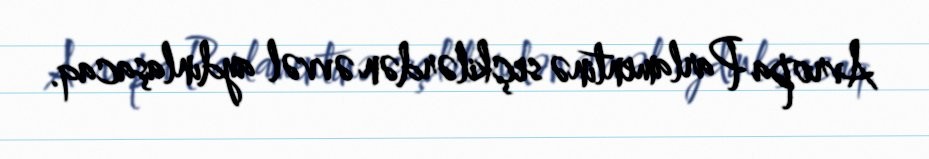
Avropa Parlamentinə seçkilərdən əvvəl aydınlaşacaq.